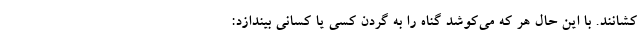
کشانند. با این حال هر که می‌کوشد گناه را به گردن کسی یا کسانی بیندازد: